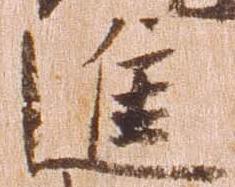
進